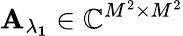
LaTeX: \mathbf{A_{\lambda_{1}}}\in\mathbb{C}^{M^{2}\times M^{2}}